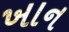
ખાન